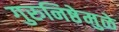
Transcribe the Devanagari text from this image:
गुरुनिष्ठेमुळे